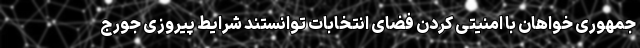
جمهوری خواهان با امنیتی کردن فضای انتخابات توانستند شرایط پیروزی جورج